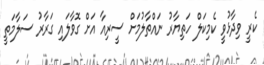
ކެރީ ވިދާޅުވީ ކެމިކަލް ހަތިޔާރު ނައްތާލުމަށް ސީރިއާ އަށް ގޮވާލައި ގަރާރު ސަލާމަތީ